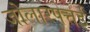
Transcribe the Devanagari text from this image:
जोलारपेत्तई